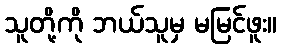
သူတို့ကို ဘယ်သူမှ မမြင်ဖူး။